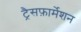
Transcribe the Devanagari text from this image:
ट्रैसफ़ार्मेशन